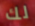
لك